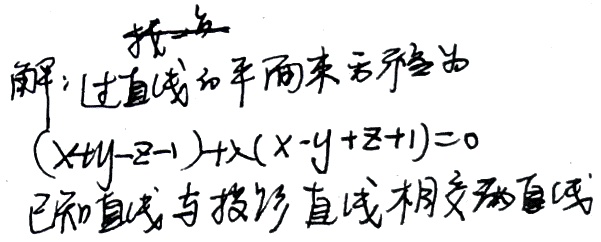
找一点解：过直线的平面束方程为\((x + y - z - 1)+\lambda(x - y + z + 1)=0\)。已知直线与投影直线相交成直角。